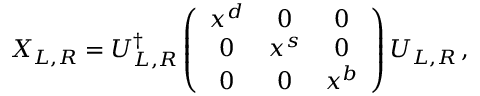
X _ { L , R } = U _ { L , R } ^ { \dagger } \left( \begin{array} { c c c } { { x ^ { d } } } & { { 0 } } & { { 0 } } \\ { { 0 } } & { { x ^ { s } } } & { { 0 } } \\ { { 0 } } & { { 0 } } & { { x ^ { b } } } \end{array} \right) U _ { L , R } \, ,